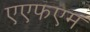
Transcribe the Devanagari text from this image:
एएफएम